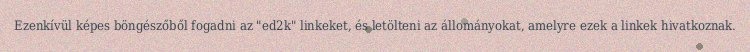
Ezenkívül képes böngészőből fogadni az "ed2k" linkeket, és letölteni az állományokat, amelyre ezek a linkek hivatkoznak.